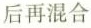
后再混合